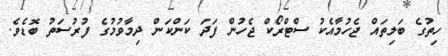
ހިތުގެ ބަލިތައް ޖެހުމާއެކު ސްޓްރޯކް ޖެހުން ފަދަ ކަންކަން ދިމާވުމުގެ ފުރުސަތު ބޮޑެވެ.